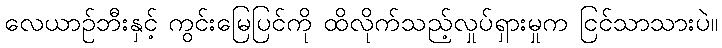
လေယာဉ်ဘီးနှင့် ကွင်းမြေပြင်ကို ထိလိုက်သည့်လှုပ်ရှားမှုက ငြင်သာသားပဲ။